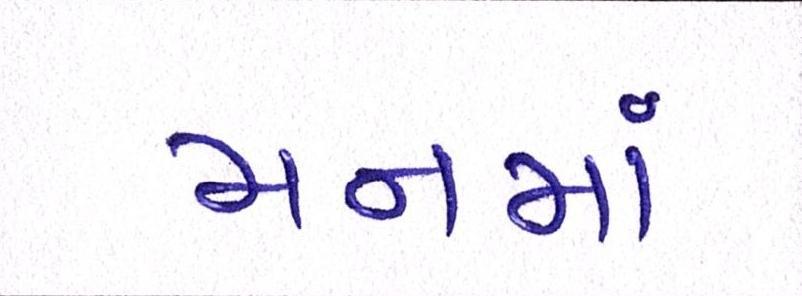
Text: મનમાં